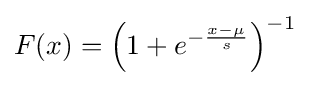
F(x)=\left(1+e^{-{\frac {x-\mu }{s}}}\right)^{-1}